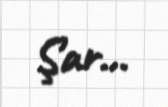
Şar...